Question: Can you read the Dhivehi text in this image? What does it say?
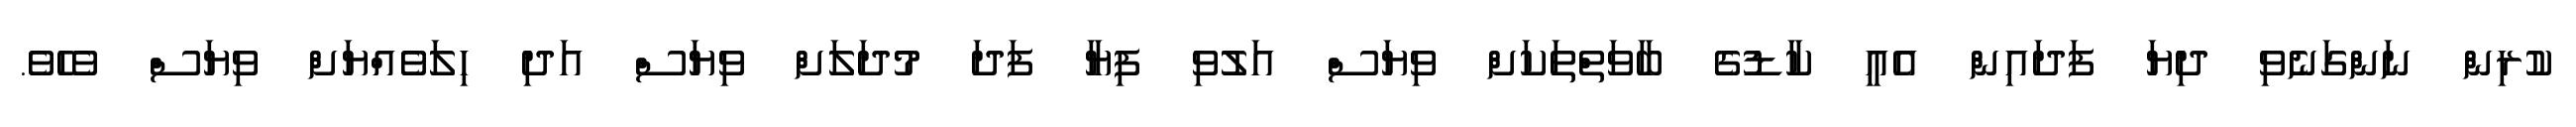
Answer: ކުރިން ނަންގަނެވި ދިޔަ ފަދައިން އެއީ ކާޑުގެ ބާވަތްތަކަށް ވިޔަސް އަލުވި ފިޔާ ފަދަ މުދަލަށް ވިޔަސް އަދި ހިލަވެއްޔަށް ވިޔަސް ވެހެވެ.